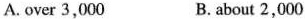
A.over 3,000 B. About 2,000